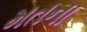
મતના